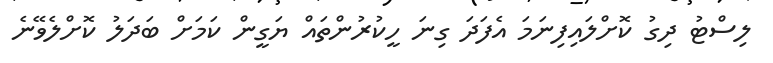
ލިސްޓު ދިގު ކޮށްލައިފިނަމަ އެފަދަ ގިނަ ހީކުރުންތައް ޔަގީން ކަމަށް ބަދަލު ކޮށްލެވޭނެ